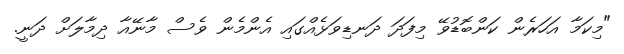
"މިކަމާ އަހަރެން ކަންބޮޑުވޭ މިފަދަ ދަނޑިވަޅެއްގައި އެންމެން ވެސް މާނޭއާ ދިމާލަށް ދަނީ.